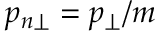
p _ { n \perp } = p _ { \perp } / m